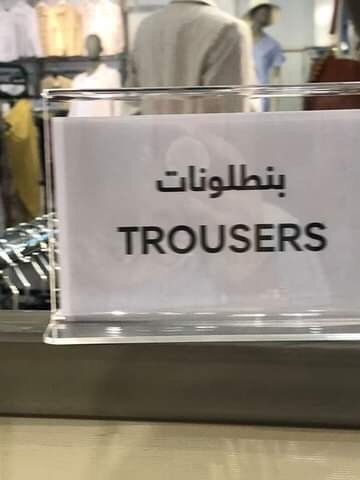
Text in image: بنطلونات TROUSERS